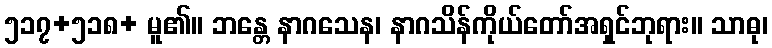
၅၁၇+၅၁၈+ မူ၏။ ဘန္တေ နာဂသေန၊ နာဂသိန်ကိုယ်တော်အရှင်ဘုရား။ သာဓု၊